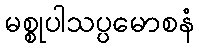
မစ္စုပါသပ္ပမောစနံ